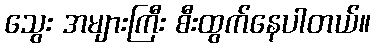
သွေး အများကြီး စီးထွက်နေပါတယ်။